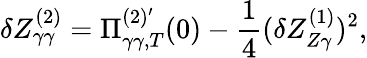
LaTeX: \delta Z_{\gamma\gamma}^{(2)}=\Pi_{\gamma\gamma,T}^{(2)^{\prime}}(0)-\frac{1}{4}(\delta Z_{Z\gamma}^{(1)})^{2},